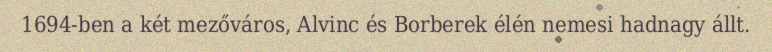
1694-ben a két mezőváros, Alvinc és Borberek élén nemesi hadnagy állt.